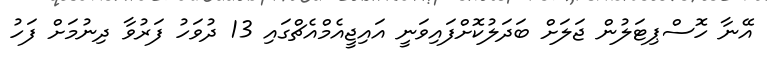
އޭނާ ހޮސްޕިޓަލުން ޖަލަށް ބަދަލުކޮށްފައިވަނީ އައިޖީއެމްއެޗްގައި 13 ދުވަހު ފަރުވާ ދިނުމަށް ފަހު